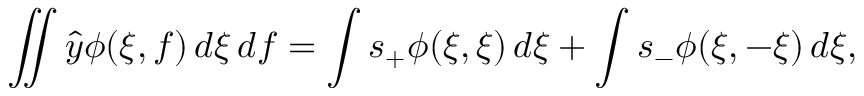
\iint { \hat { y } } \phi ( \xi , f ) \, d \xi \, d f = \int s _ { + } \phi ( \xi , \xi ) \, d \xi + \int s _ { - } \phi ( \xi , - \xi ) \, d \xi ,